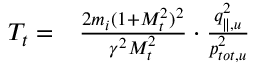
\begin{array} { r l } { T _ { t } = } & { { } \frac { 2 m _ { i } ( 1 + M _ { t } ^ { 2 } ) ^ { 2 } } { \gamma ^ { 2 } M _ { t } ^ { 2 } } \cdot \frac { q _ { \parallel , u } ^ { 2 } } { p _ { t o t , u } ^ { 2 } } } \end{array}